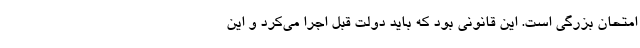
امتحان بزرگی است. این قانونی بود که باید دولت قبل اجرا می‌کرد و این